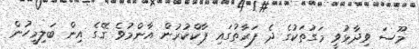
މޫސަ ވިދާޅުވީ މަގުތަކުގެ ދެ ފަރާތުގައި ޕާކްކުރުން އާންމުވެ ގޭގެ އިން ބަލިމީހުން